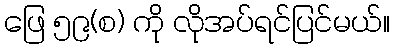
ဖြေ ၅၉(စ) ကို လိုအပ်ရင်ပြင်မယ်။